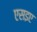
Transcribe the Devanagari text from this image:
एसइए